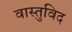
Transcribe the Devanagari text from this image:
वास्‍तुविद